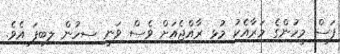
ފަސް މީހުންގެ މަރާއެކު މުޅި ރާއްޖެއަށް ވެސް ވަނީ ސިހުން ލިބިފަ އެވެ.